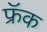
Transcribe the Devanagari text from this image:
फ्रॅक